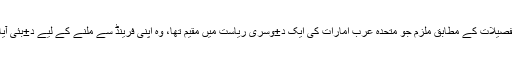
تفصیلات کے مطابق ملزم جو متحدہ عرب امارات کی ایک د±وسری ریاست میں مقیم تھا، وہ اپنی فرینڈ سے ملنے کے لیے د±بئی آیا۔